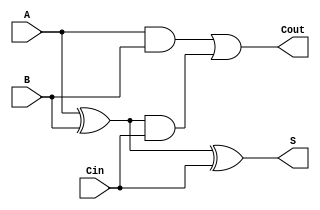
module full_adder (
    input wire A,        // First binary input
    input wire B,        // Second binary input
    input wire Cin,      // Carry-in input
    output wire S,       // Sum output
    output wire Cout      // Carry-out output
);

// Internal wires for intermediate signals
wire S1;              // Intermediate sum signal
wire C1, C2;         // Intermediate carry signals

// Step 1: Sum Calculation using XOR gates
assign S1 = A ^ B;    // First XOR gate: S1 = A XOR B
assign S = S1 ^ Cin;  // Second XOR gate: S = S1 XOR Cin

// Step 2: Carry-Out Calculation using AND and OR gates
assign C1 = A & B;    // First AND gate: C1 = A AND B
assign C2 = S1 & Cin; // Second AND gate: C2 = S1 AND Cin
assign Cout = C1 | C2; // OR gate: Cout = C1 OR C2

endmodule